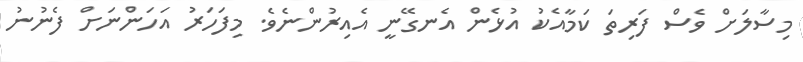
މިސާލަށް ވެސް ފަރިތަ ކަމާއެކު އުޅެން އެނގޭނީ އެއިރުންނެވެ. މިފަހަރު އަހަންނަށް ފެނުނު